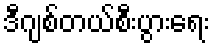
ဒီဂျစ်တယ်စီးပွားရေး